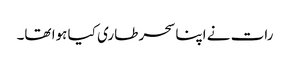
رات نے اپنا سحر طاری کیا ہوا تھا۔